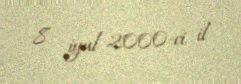
8 iyul 2000-ci il